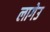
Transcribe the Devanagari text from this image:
लागेउ